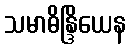
သမာဓိန္ဒြိယေန